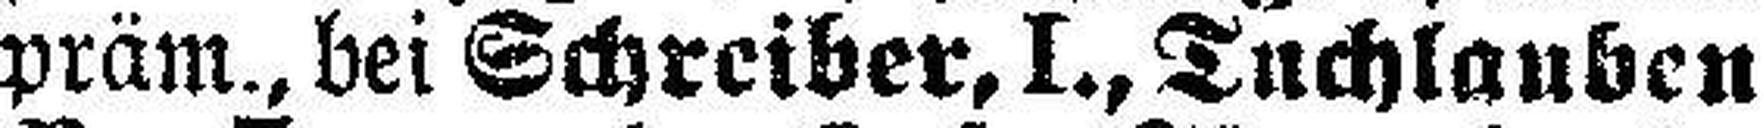
präm., bei Schreiber, I., Tuchlauben